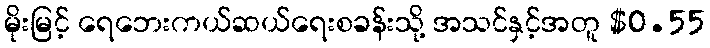
မိုးမြင့် ရေဘေးကယ်ဆယ်ရေးစခန်းသို့ အသင်နှင့်အတူ $0.55